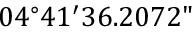
0 4 ^ { \circ } 4 1 ^ { \prime } 3 6 . 2 0 7 2 "